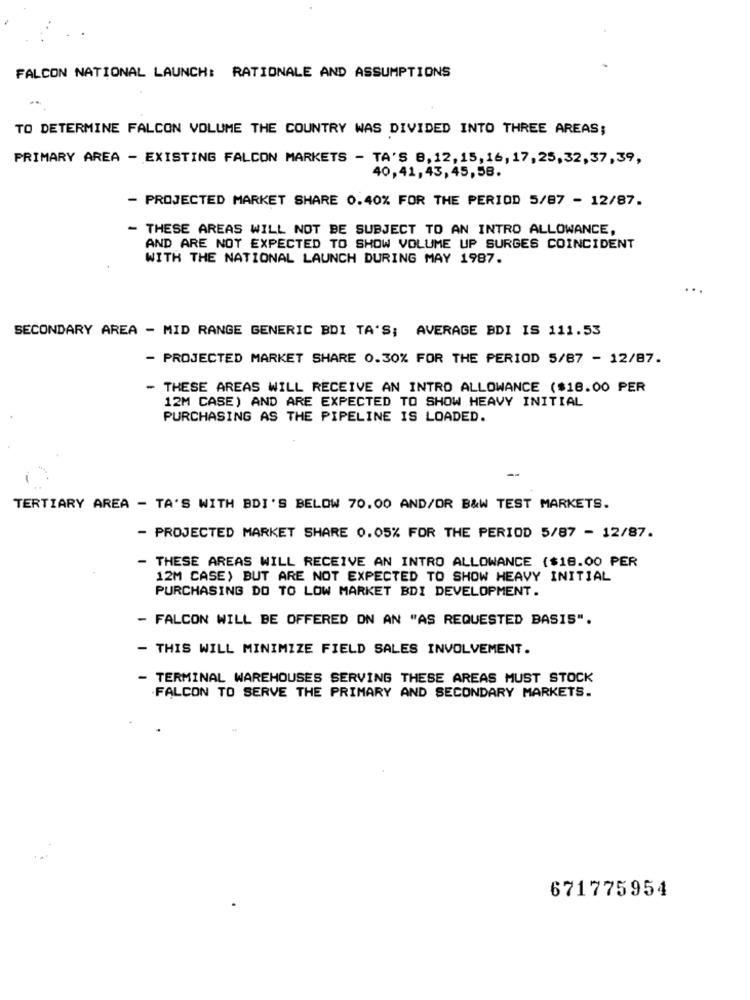
FALCON NATIONAL LAUNCH: RATIONALE AND ASSUMPTIONS
TO DETERMINE FALCON VOLUME THE COUNTRY WAS DIVIDED INTO THREE AREAS;
PRIMARY AREA - EXISTING FALCON MARKETS - TA'S 8, 12, 15, 16, 17, 25,32,37, 39,
40,41, 43, 45, 58.
- PROJECTED MARKET SHARE 0.40% FOR THE PERIOD 5/87 - 12/87.
- THESE AREAS WILL NOT BE SUBJECT TO AN INTRO ALLOWANCE,
AND ARE NOT EXPECTED TO SHOW VOLUME UP SURGES COINCIDENT
WITH THE NATIONAL LAUNCH DURING MAY 1987.
SECONDARY AREA - MID RANGE GENERIC BDI TA'S; AVERAGE BDI IS 111.53
- PROJECTED MARKET SHARE 0.30% FOR THE PERIOD 5/87 - 12/87.
- THESE AREAS WILL RECEIVE AN INTRO ALLOWANCE ($18.00 PER
12M CASE) AND ARE EXPECTED TO SHOW HEAVY INITIAL
PURCHASING AS THE PIPELINE IS LOADED.
TERTIARY AREA - TA'S WITH BDI'S BELOW 70.00 AND/OR B&W TEST MARKETS.
- PROJECTED MARKET SHARE 0.05% FOR THE PERIOD 5/87 - 12/87.
- THESE AREAS WILL RECEIVE AN INTRO ALLOWANCE ($18.00 PER
12M CASE) BUT ARE NOT EXPECTED TO SHOW HEAVY INITIAL
PURCHASING DO TO LOW MARKET BDI DEVELOPMENT.
- FALCON WILL BE OFFERED ON AN "AS REQUESTED BASIS".
- THIS WILL MINIMIZE FIELD SALES INVOLVEMENT.
- TERMINAL WAREHOUSES SERVING THESE AREAS MUST STOCK
.FALCON TO SERVE THE PRIMARY AND SECONDARY MARKETS.
671775954